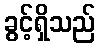
ခွင့်ရှိသည်